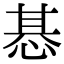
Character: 惎